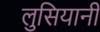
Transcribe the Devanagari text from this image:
लुसियानी